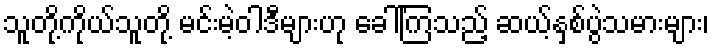
သူတို့ကိုယ်သူတို့ မင်းမဲ့ဝါဒီများဟု ခေါ်ကြသည့် ဆယ့်နှစ်ပွဲသမားများ၊